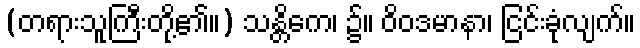
(တရားသူကြီးတို့၏။) သန္တိကေ၊ ၌။ ဝိဝဒမာနာ၊ ငြင်းခုံလျက်။